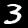
Digit: 3